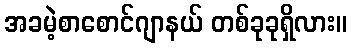
အခမဲ့စာစောင်ဂျာနယ် တစ်ခုခုရှိလား။